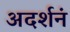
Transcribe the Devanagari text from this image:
अदर्शनं